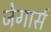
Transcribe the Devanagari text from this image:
जेगार्स